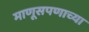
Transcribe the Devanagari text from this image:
माणूसपणाच्या